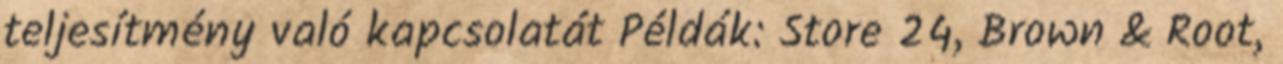
teljesítmény való kapcsolatát Példák: Store 24, Brown & Root,